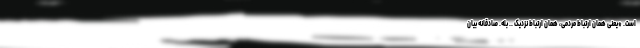
است. *یعنی همان ارتباط مردمی، همان ارتباط نزدیک .. بله. صادقانه بیان